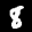
Label: 8